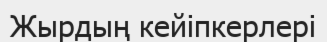
Жырдың кейіпкерлері